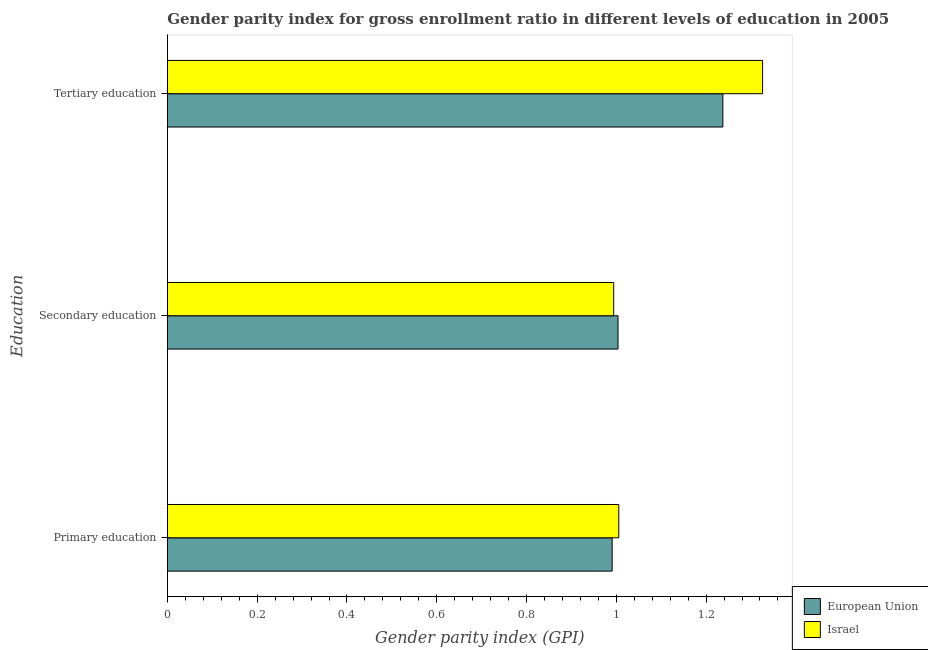
| Education | European Union | Israel |
 | --- | --- | --- |
 | Primary education | 0.991 | 1.01 |
 | Secondary education | 1 | 0.994 |
 | Tertiary education | 1.24 | 1.33 |